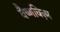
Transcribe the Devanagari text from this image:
वैष्णविज़्म